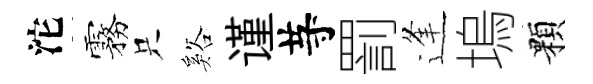
沱霧只谿谨䒭罰逢塢顆